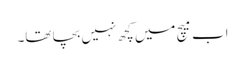
اب میچ میں کچھ نہیں بچا تھا۔